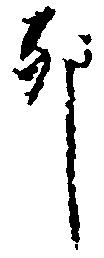
卯